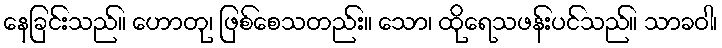
နေခြင်းသည်။ ဟောတု၊ ဖြစ်စေသတည်း။ သော၊ ထိုရေသဖန်းပင်သည်။ သာခဝါ၊